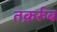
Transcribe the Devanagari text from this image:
तक़र्रुब